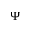
\Psi